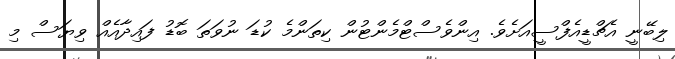
ލިބޭނީ އެޗްޑީއެފްސީއަށެވެ. އިންވެސްޓްމެންޓުން ކިތަންމެ ކުޑަ ނުވަތަ ބޮޑު ފައިދާއެއް ވިޔަސް މި